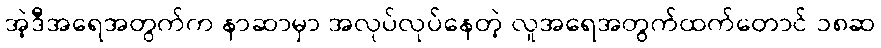
အဲ့ဒီအရေအတွက်က နာဆာမှာ အလုပ်လုပ်နေတဲ့ လူအရေအတွက်ထက်တောင် ၁၈ဆ